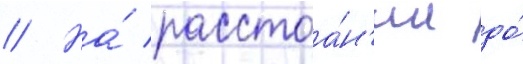
// На́ расстоа́н'ии до́